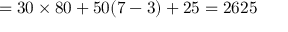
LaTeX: = 3 0 \times 8 0 + 5 0 ( 7 - 3 ) + 2 5 = 2 6 2 5